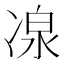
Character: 𠗯